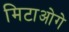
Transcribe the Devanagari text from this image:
मिटाओगे